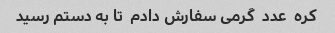
کره  عدد  گرمی سفارش دادم  تا به دستم رسید